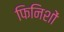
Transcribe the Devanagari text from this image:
फिनिशों